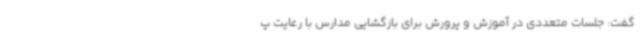
گفت: جلسات متعددی در آموزش و پرورش برای بازگشایی مدارس با رعایت پ